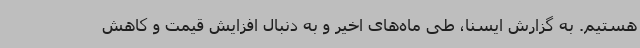
هستیم. به گزارش ایسنا، طی ماه‌های اخیر و به دنبال افزایش قیمت و کاهش